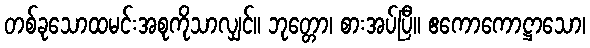
တစ်ခုသောထမင်းအစုကိုသာလျှင်။ ဘုတ္တော၊ စားအပ်ပြီ။ ဧကောကောဋ္ဌာသော၊